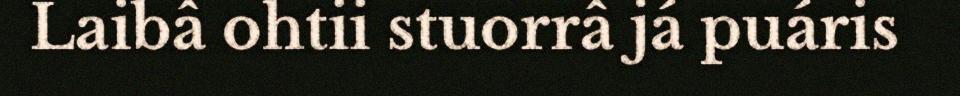
Laibâ ohtii stuorrâ já puáris